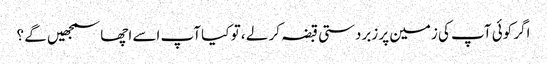
اگر کوئی آپ کی زمین پر زبردستی قبضہ کر لے ، تو کیا آپ اسے اچھا سمجھیں گے ؟